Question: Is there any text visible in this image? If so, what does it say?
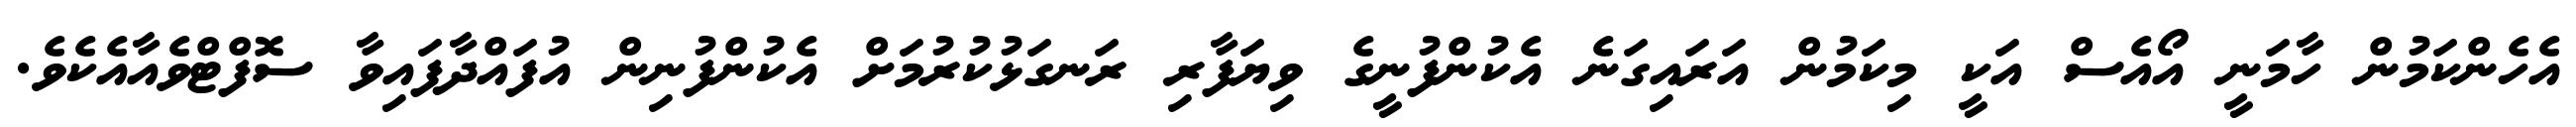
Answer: އެހެންކަމުން ހާމަނީ އޯއެސް އަކީ މިކަމުން އަރައިގަނެ އެކުންފުނީގެ ވިޔަފާރި ރަނގަޅުކުރުމަށް އެކުންފުނިން އުފައްދާފައިވާ ސޮފްޓްވެއާއެކެވެ.